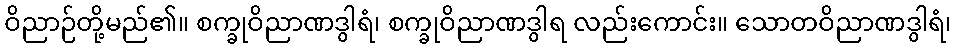
ဝိညာဉ်တို့မည်၏။ စက္ခုဝိညာဏဒွါရံ၊ စက္ခုဝိညာဏဒွါရ လည်းကောင်း။ သောတဝိညာဏဒွါရံ၊